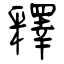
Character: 釋